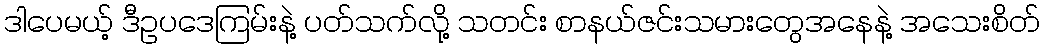
ဒါပေမယ့် ဒီဥပဒေကြမ်းနဲ့ ပတ်သက်လို့ သတင်း စာနယ်ဇင်းသမားတွေအနေနဲ့ အသေးစိတ်